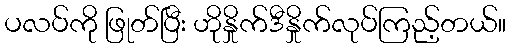
ပလပ်ကို ဖြုတ်ပြီး ဟိုနှိုက်ဒီနှိုက်လုပ်ကြည့်တယ်။